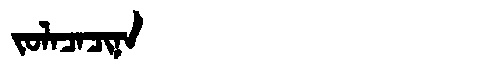
Manchu: ᠵᠣᠯᠠᠴᠠᠴᡳᠨᠠ
Romanization: JOLACACINA